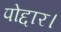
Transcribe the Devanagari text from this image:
पोद्दार।